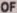
OF